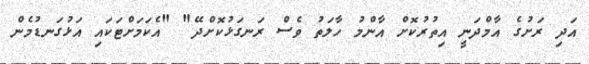
އަދި ރަށުގެ އާމްދަނީ އިތުރުކޮށް އާންމު ހާލަތު ވެސް ރަނގަޅުކޮށްދޭ" "އެކަމަށްޓަކައި އަޅުގަނޑުމެން